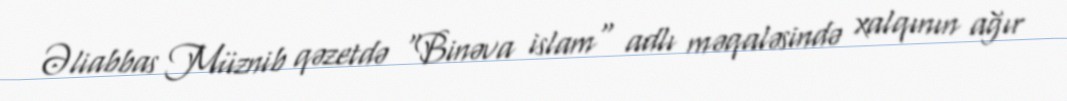
Əliabbas Müznib qəzetdə "Binəva islam" adlı məqaləsində xalqının ağır